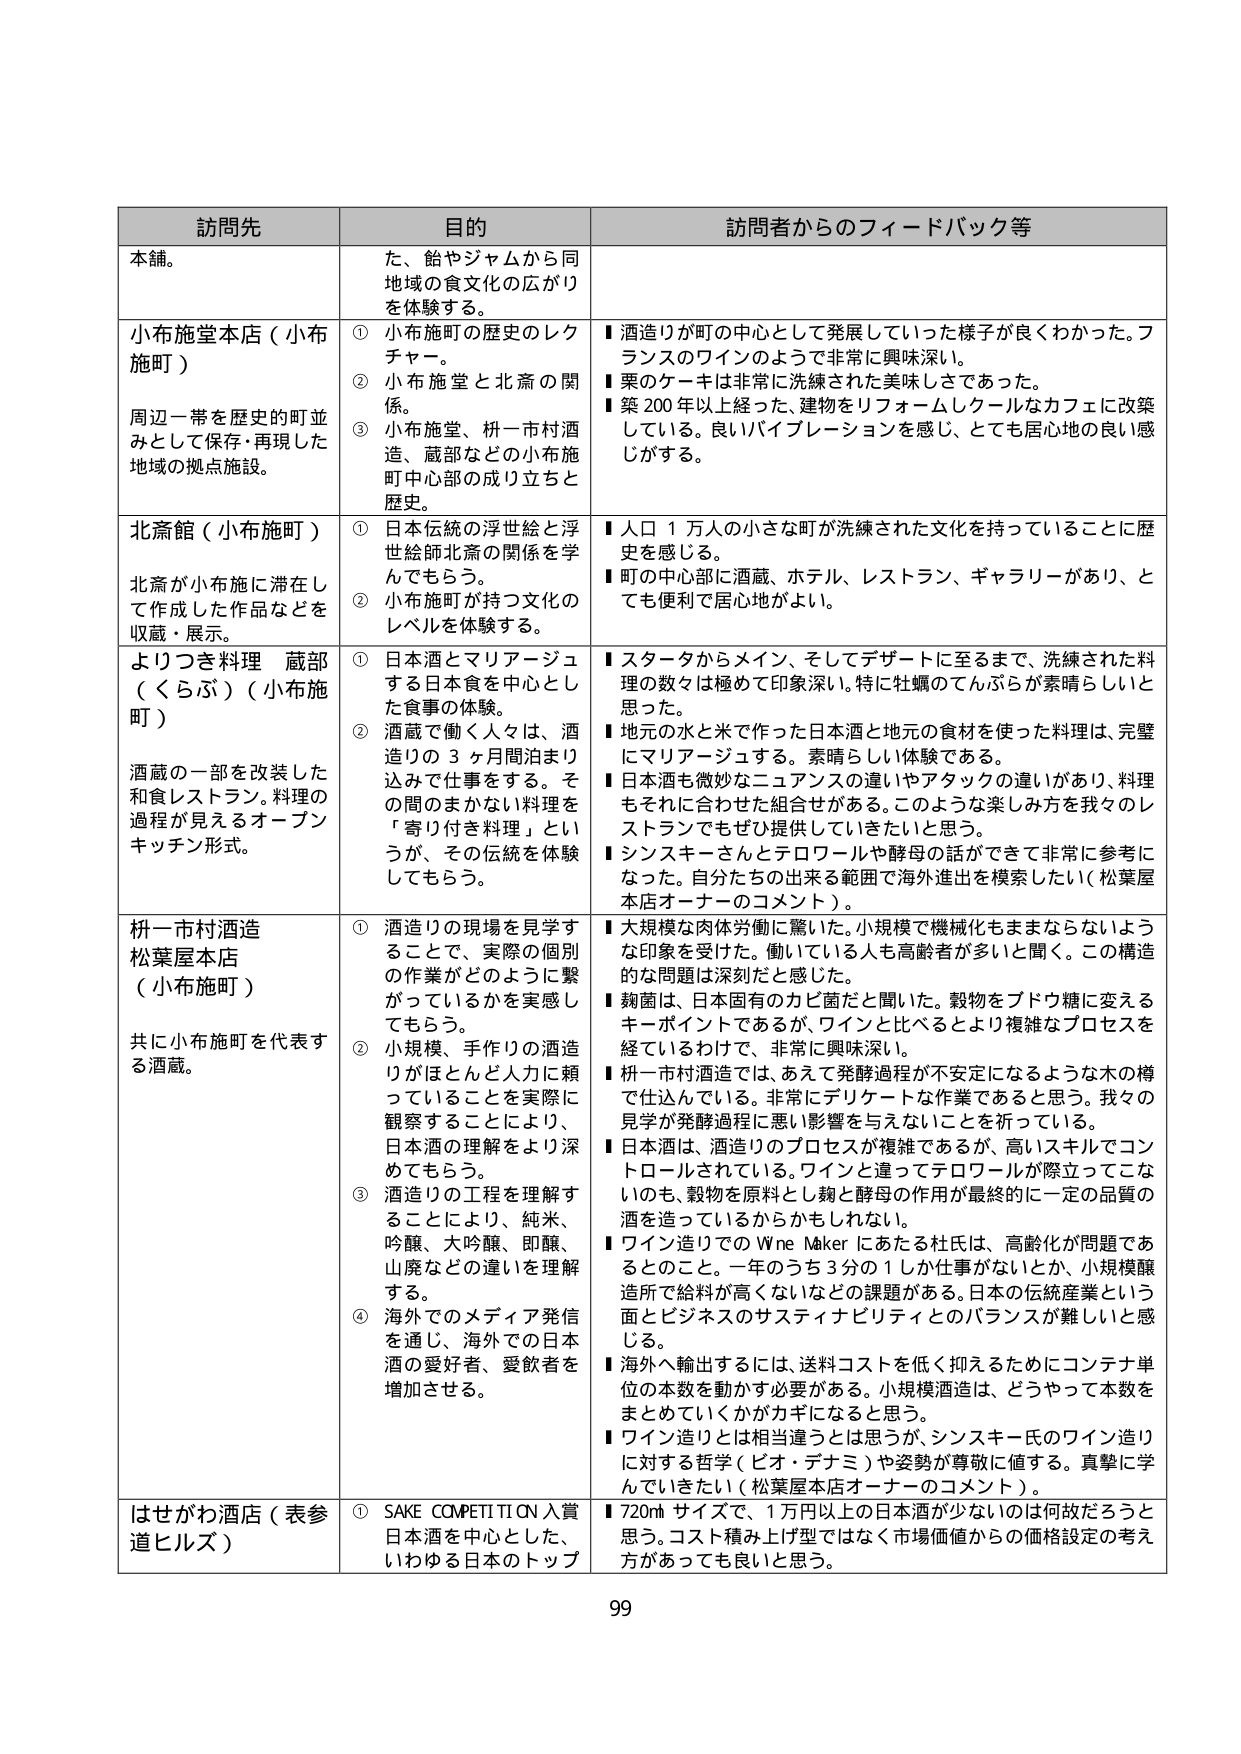
訪問先 目的 訪問者からのフィードバック等
本舗。 た、鮨やジャムから同地域の食文化の広がりを体験する。
小布施堂本店（小布施町） 周辺一帯を歴史的町並みとして保存・再現した地域の拠点施設。 ① 小布施町の歴史のレクチャー。 ② 小布施堂と北斎の関係。 ③ 小布施堂、枡一市村酒造、蔵部などの小布施町中心部の成り立ちと歴史。 ■ 酒造りが町の中心として発展していった様子が良くわかった。フランスのワインのようで非常に興味深い。 ■ 栗のケーキは非常に洗練された美味しさであった。 ■ 築200年以上経った、建物をリフォームしクールなカフェに改築している。良いバイブレーションを感じ、とても居心地の良い感じがする。
北斎館（小布施町） 北斎が小布施に滞在して作成した作品などを収蔵・展示。 ① 日本伝統の浮世絵と浮世絵師北斎の関係を学んでもらう。 ② 小布施町が持つ文化のレベルを体験する。 ■ 人口1万人の小さな町が洗練された文化を持っていることに歴史を感じる。 ■ 町の中心部に酒蔵、ホテル、レストラン、ギャラリーがあり、とても便利で居心地がよい。
よりつき料理 蔵部（くらぶ）（小布施町） 酒蔵の一部を改装した和食レストラン。料理の過程が見えるオープンキッチン形式。 ① 日本酒とマリアージュする日本食を中心とした食事の体験。 ② 酒蔵で働く人々は、酒造りの3ヶ月間泊まり込みで仕事をする。その間のまかない料理を「寄り付き料理」というが、その伝統を体験してもらう。 ■ スタータからメイン、そしてデザートに至るまで、洗練された料理の数々は極めて印象深い。特に牡蠣のてんぷらが素晴らしいと思った。 ■ 地元の水と米で作った日本酒と地元の食材を使った料理は、完璧にマリアージュする。素晴らしい体験である。 ■ 日本酒も微妙なニュアンスの違いやアタックの違いがあり、料理もそれに合わせた組合せがある。このような楽しみ方を我々のレストランでもぜひ提供していきたいと思う。 ■ シンスキーさんとテロワールや酵母の話ができて非常に参考になった。自分たちの出来る範囲で海外進出を模索したい（松葉屋本店オーナーのコメント）。
枡一市村酒造 松葉屋本店（小布施町） 共に小布施町を代表する酒蔵。 ① 酒造りの現場を見学することで、実際の個別の作業がどのように繋がっているかを実感してもらう。 ② 小規模、手作りの酒造りがほとんど人力に頼っていることを実際に観察することにより、日本酒の理解をより深めてもらう。 ③ 酒造りの工程を理解することにより、純米、吟醸、大吟醸、即醸、山廃などの違いを理解する。 ④ 海外でのメディア発信を通じ、海外での日本酒の愛好者、愛飲者を増加させる。 ■ 大規模な肉体労働に驚いた。小規模で機械化もままならないような印象を受けた。働いている人も高齢者が多いと聞く。この構造的な問題は深刻だと感じた。 ■ 麹菌は、日本固有のカビ菌だと聞いた。穀物をブドウ糖に変えるキーポイントであるが、ワインと比べるとより複雑なプロセスを経ているわけで、非常に興味深い。 ■ 枡一市村酒造では、あえて発酵過程が不安定になるような木の樽で仕込んでいる。非常にデリケートな作業であると思う。我々の見学が発酵過程に悪い影響を与えないことを祈っている。 ■ 日本酒は、酒造りのプロセスが複雑であるが、高いスキルでコントロールされている。ワインと違ってテロワールが際立ってこないのも、穀物を原料とし麹と酵母の作用が最終的に一定の品質の酒を造っているからかもしれない。 ■ ワイン造りでのWine Makerにあたる杜氏は、高齢化が問題であるとのこと。一年のうち3分の1しか仕事がないとか、小規模醸造所で給料が高くないなどの課題がある。日本の伝統産業という面とビジネスのサステイナビリティとのバランスが難しいと感じる。 ■ 海外へ輸出するには、送料コストを低く抑えるためにコンテナ単位の本数を動かす必要がある。小規模酒造は、どうやって本数をまとめていくかがカギになると思う。 ■ ワイン造りとは相当違うとは思うが、シンスキー氏のワイン造りに対する哲学（ピオ・デナミ）や姿勢が尊敬に値する。真摯に学んでいきたい（松葉屋本店オーナーのコメント）。
はせがわ酒店（表参道ヒルズ） ① SAKE COMPETITION入賞日本酒を中心とした、いわゆる日本のトップ ■ 720mlサイズで、1万円以上の日本酒が少ないのは何故だろうと思う。コスト積み上げ型ではなく市場価値からの価格設定の考え方があっても良いと思う。
99